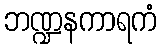
ဘဏ္ဍနကာရကံ